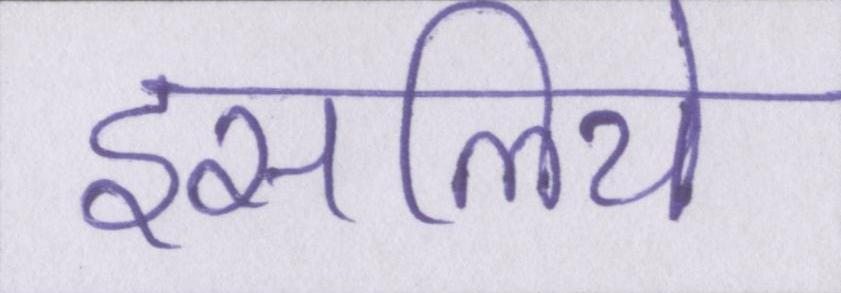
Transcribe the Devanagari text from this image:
इसलिये